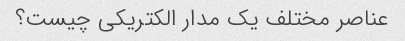
عناصر مختلف یک مدار الکتریکی چیست؟